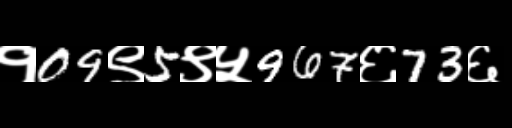
Text: १09९5९५967६73६